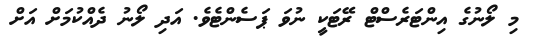
މި ލޯނުގެ އިންޓަރެސްޓް ރޭޓަކީ ނުވަ ޕަސެންޓެވެ. އަދި ލޯނު ދެއްކުމަށް އަށް